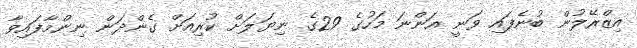
އިޒްރޭލުން ބުނެފައި ވަނީ އަންނަ މަހުގެ 29ގެ ނިޔަލަށް ކުރިއަށް ގެންދަން ނިންމާފައިވާ